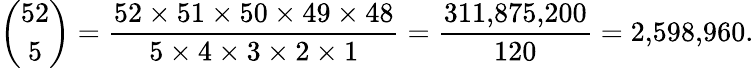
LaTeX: {\binom{52}{5}}={\frac{52\times 51\times 50\times 49\times 48}{5\times 4\times 3\times 2\times 1}}={\frac{311{,}875{,}200}{120}}=2{,}598{,}960.